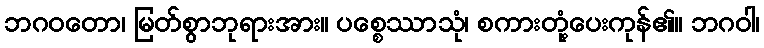
ဘဂဝတော၊ မြတ်စွာဘုရားအား။ ပစ္စေဿာသုံ၊ စကားတုံ့ပေးကုန်၏။ ဘဂဝါ၊